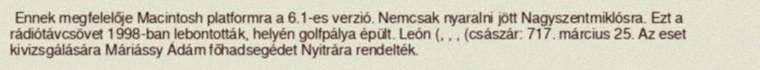
Ennek megfelelője Macintosh platformra a 6.1-es verzió. Nemcsak nyaralni jött Nagyszentmiklósra. Ezt a rádiótávcsövet 1998-ban lebontották, helyén golfpálya épült. León (, , , (császár: 717. március 25. Az eset kivizsgálására Máriássy Ádám főhadsegédet Nyitrára rendelték.